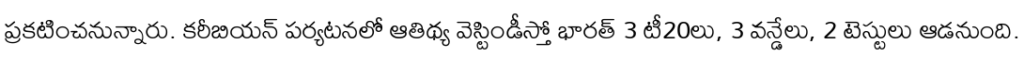
ప్రకటించనున్నారు. కరీబియన్ పర్యటనలో ఆతిథ్య వెస్టిండీస్తో భారత్ 3 టీ20లు, 3 వన్డేలు, 2 టెస్టులు ఆడనుంది.